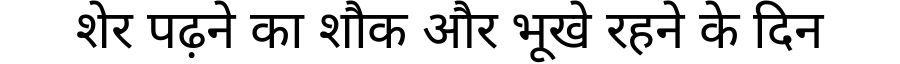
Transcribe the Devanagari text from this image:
शेर पढ़ने का शौक और भूखे रहने के दिन